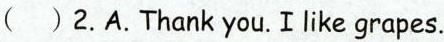
( )2.A.Thank you.I like grapes.